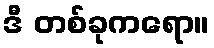
ဒီ တစ်ခုကရော။